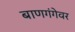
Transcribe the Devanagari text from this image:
बाणगंगेवर